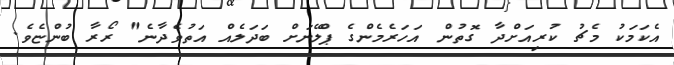
އެކަމަކު މެޗު ކުރިއަށްދާ ގޮތުން އަހަރެމެންގެ ޕްލޭނަށް ބަދަލެއް އަތުވެދާނެ" ރޯރާ ބުންޏެވެ.